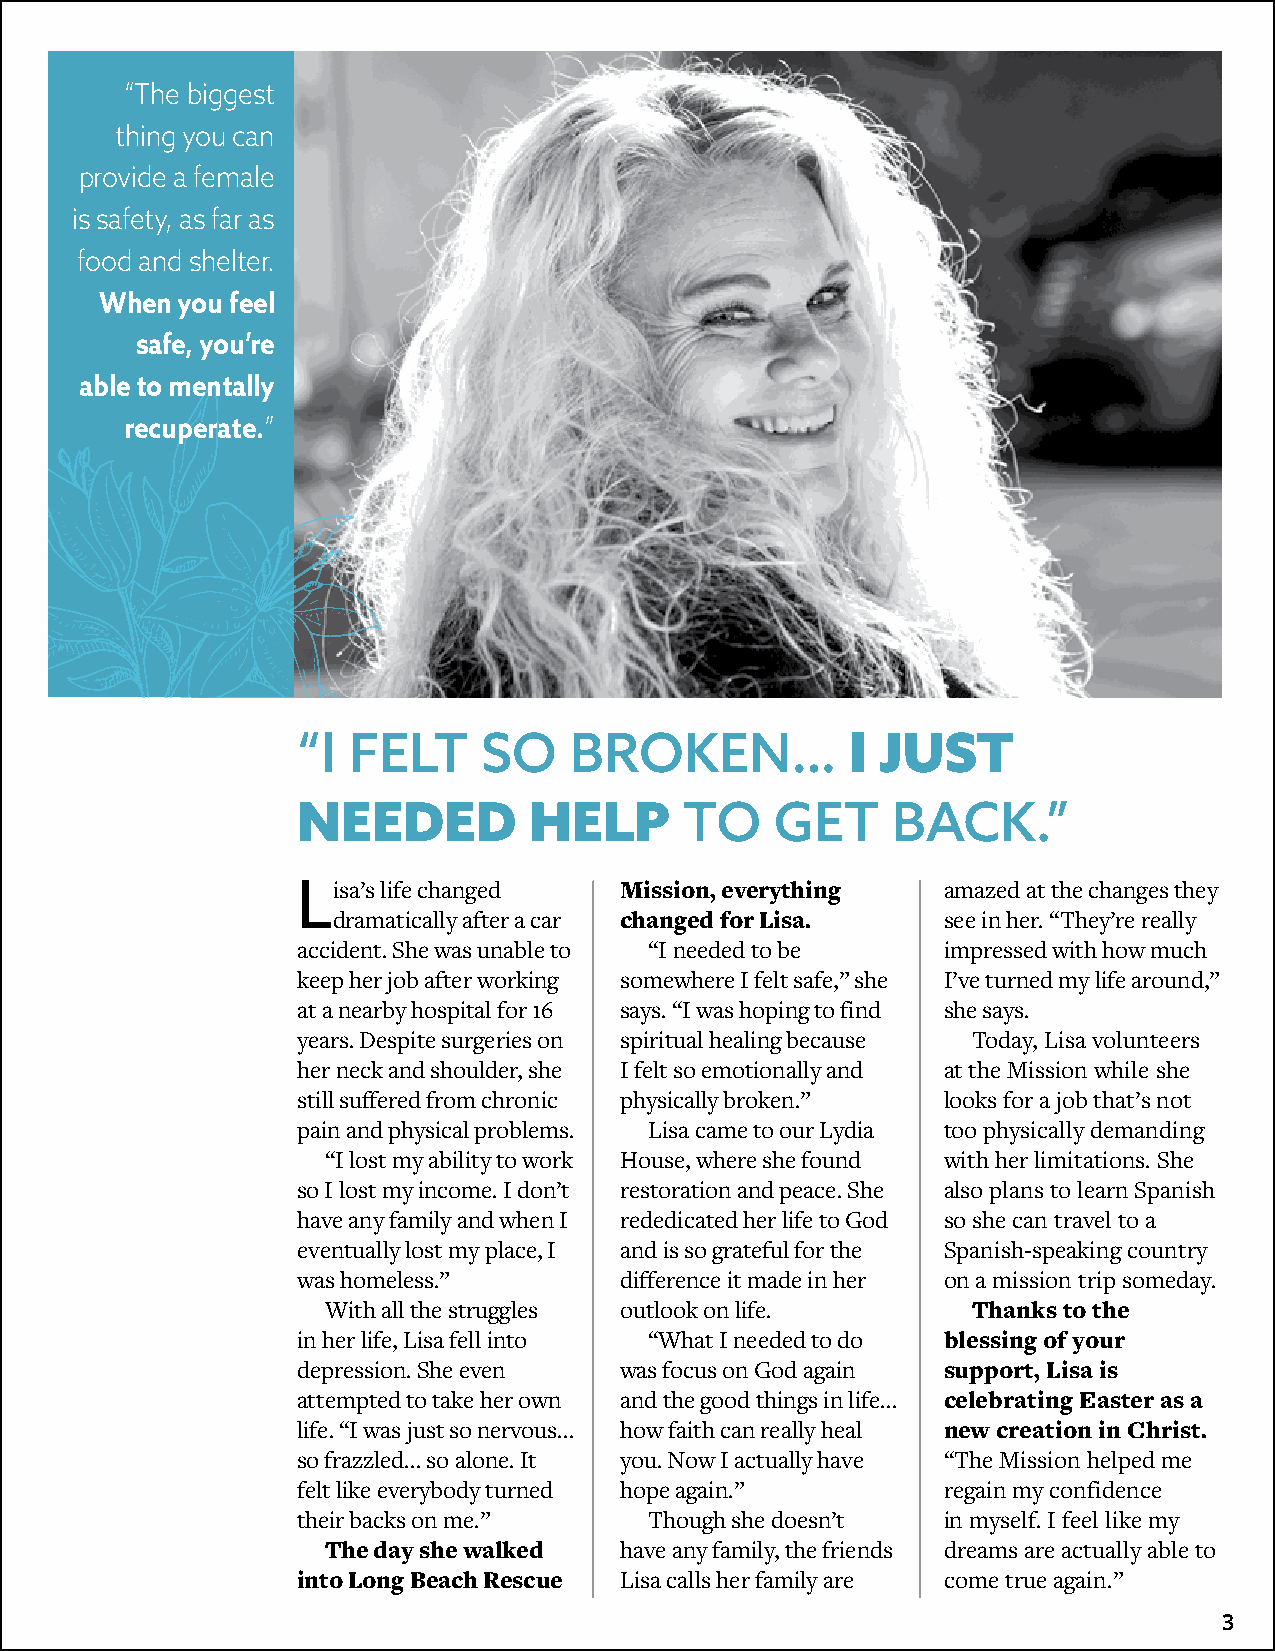
“The biggest
 thing you can
 provide a female
 is safety, as far as
 food and shelter.
 When you feel
 safe, you’re
 able to mentally
 recuperate.”
 “I FELT     SO    BROKEN…           I JUST
 NEEDED         HELP      TO    GET     BACK.”
 Lisa’s life changed  Mission, everything  amazed at the changes they
 dramatically after a car changed for Lisa. see in her. “They’re really
 accident. She was unable to “I needed to be impressed with how much
 keep her job after working somewhere I felt safe,” she I’ve turned my life around,”
 at a nearby hospital for 16 says. “I was hoping to find she says.
 years. Despite surgeries on spiritual healing because Today, Lisa volunteers
 her neck and shoulder, she I felt so emotionally and at the Mission while she
 still suffered from chronic physically broken.” looks for a job that’s not
 pain and physical problems. Lisa came to our Lydia too physically demanding
 “I lost my ability to work House, where she found with her limitations. She
 so I lost my income. I don’t restoration and peace. She also plans to learn Spanish
 have any family and when I rededicated her life to God so she can travel to a
 eventually lost my place, I and is so grateful for the Spanish-speaking country
 was homeless.”       difference it made in her on a mission trip someday.
 With all the struggles outlook on life.   Thanks to the
 in her life, Lisa fell into “What I needed to do blessing of your
 depression. She even was focus on God again support, Lisa is
 attempted to take her own and the good things in life… celebrating Easter as a
 life. “I was just so nervous… how faith can really heal new creation in Christ.
 so frazzled… so alone. It you. Now I actually have “The Mission helped me
 felt like everybody turned hope again.”   regain my confidence
 their backs on me.”    Though she doesn’t in myself. I feel like my
 The day she walked have any family, the friends dreams are actually able to
 into Long Beach Rescue Lisa calls her family are come true again.”
 33